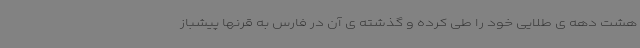
هشت دهه ی طلایی خود را طی کرده و گذشته ی آن در فارس به قرنها پیشباز